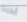
لدينا